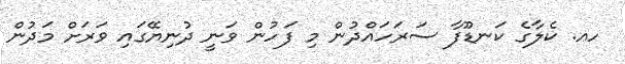
ހއ. ކެލާގެ ކަނޑޫފާ ސަރަހައްދުން މި ފަހުން ވަނީ ދުނިޔޭގައި ވަރަށް މަދުން